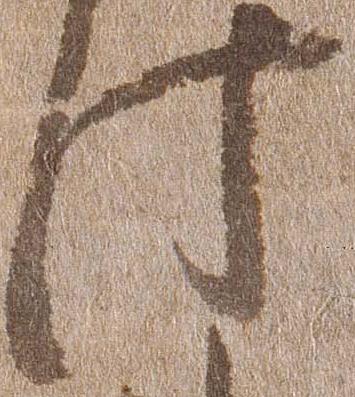
此